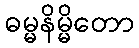
ဓမ္မနိမ္မိတော